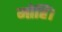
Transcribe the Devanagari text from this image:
मोहिं।